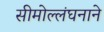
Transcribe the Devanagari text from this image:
सीमोल्लंघनाने